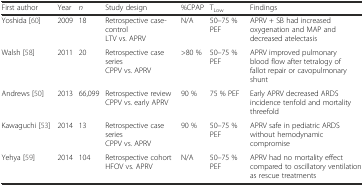
<table><thead><tr><td><b>First author</b></td><td><b>Year</b></td><td><b><i>n</i></b></td><td><b>Study design</b></td><td><b>%CPAP</b></td><td><b>T<sub>Low</sub></b></td><td><b>Findings</b></td></tr></thead><tbody><tr><td>Yoshida [60]</td><td>2009</td><td>18</td><td>Retrospective case-controlLTV vs. APRV</td><td>N/A</td><td>50–75 % PEF</td><td>APRV + SB had increased oxygenation and MAP and decreased atelectasis</td></tr><tr><td>Walsh [58]</td><td>2011</td><td>20</td><td>Retrospective case seriesCPPV vs. APRV</td><td>&gt;80 %</td><td>50–75 % PEF</td><td>APRV improved pulmonary blood flow after tetralogy of fallot repair or cavopulmonary shunt</td></tr><tr><td>Andrews [50]</td><td>2013</td><td>66,099</td><td>Retrospective reviewCPPV vs. early APRV</td><td>90 %</td><td>75 % PEF</td><td>Early APRV decreased ARDS incidence tenfold and mortality threefold</td></tr><tr><td>Kawaguchi [53]</td><td>2014</td><td>13</td><td>Retrospective case seriesCPPV vs. APRV</td><td>90 %</td><td>50–75 % PEF</td><td>APRV safe in pediatric ARDS without hemodynamic compromise</td></tr><tr><td>Yehya [59]</td><td>2014</td><td>104</td><td>Retrospective cohortHFOV vs. APRV</td><td>N/A</td><td>50–75 % PEF</td><td>APRV had no mortality effect compared to oscillatory ventilation as rescue treatments</td></tr></tbody></table>